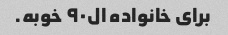
برای خانواده ال۹۰ خوبه.